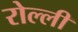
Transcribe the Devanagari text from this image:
रोल्ली